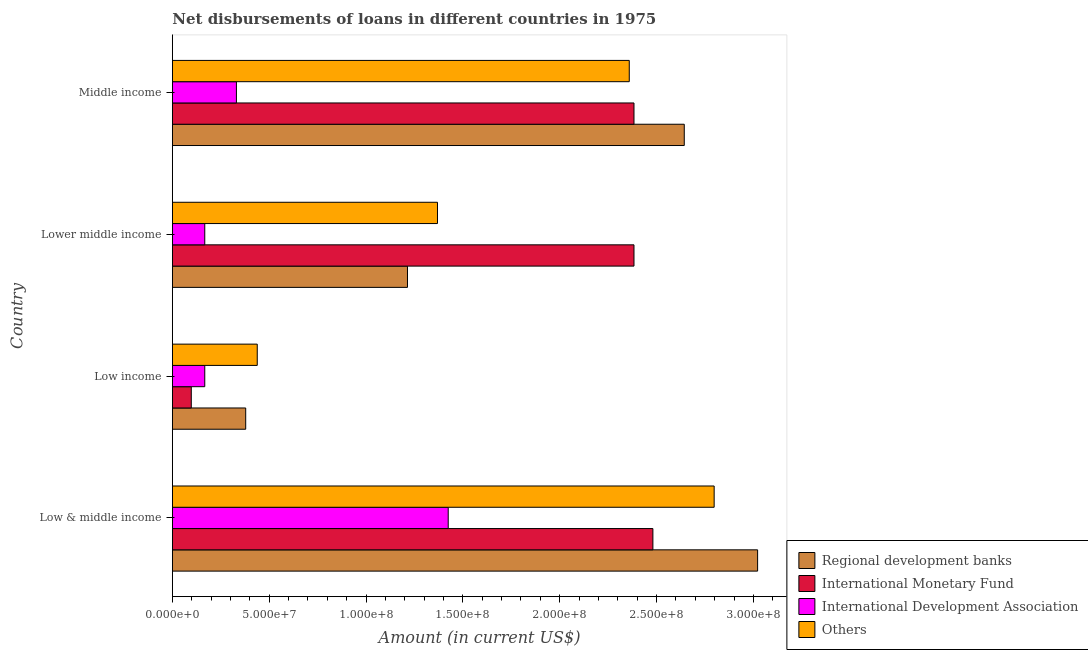
| Country | Regional development banks | International Monetary Fund | International Development Association | Others |
 | --- | --- | --- | --- | --- |
 | Low & middle income | 3.02e+08 | 2.48e+08 | 1.42e+08 | 2.8e+08 |
 | Low income | 3.79e+07 | 9.77e+06 | 1.67e+07 | 4.38e+07 |
 | Lower middle income | 1.21e+08 | 2.38e+08 | 1.67e+07 | 1.37e+08 |
 | Middle income | 2.64e+08 | 2.38e+08 | 3.31e+07 | 2.36e+08 |